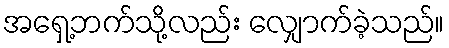
အရှေ့ဘက်သို့လည်း လျှောက်ခဲ့သည်။